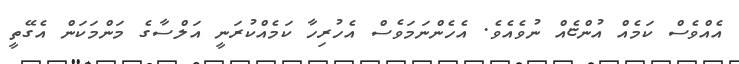
އެއްވެސް ކަމެއް އުންޏެއް ނުވެއެވެ. އެހެންނަމަވެސް އެހުރިހާ ކަމެއްކުރަނީ އަލްސާގެ މަންމަކަން އެގޭތީ